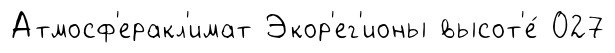
Атмосф'еракл'имат Экор'ег'ионы высот'е́ 027